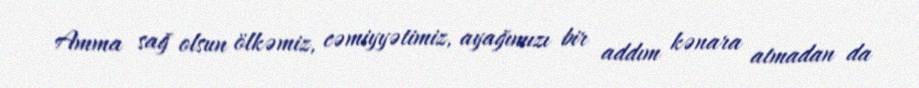
Amma sağ olsun ölkəmiz, cəmiyyətimiz, ayağımızı bir addım kənara atmadan da